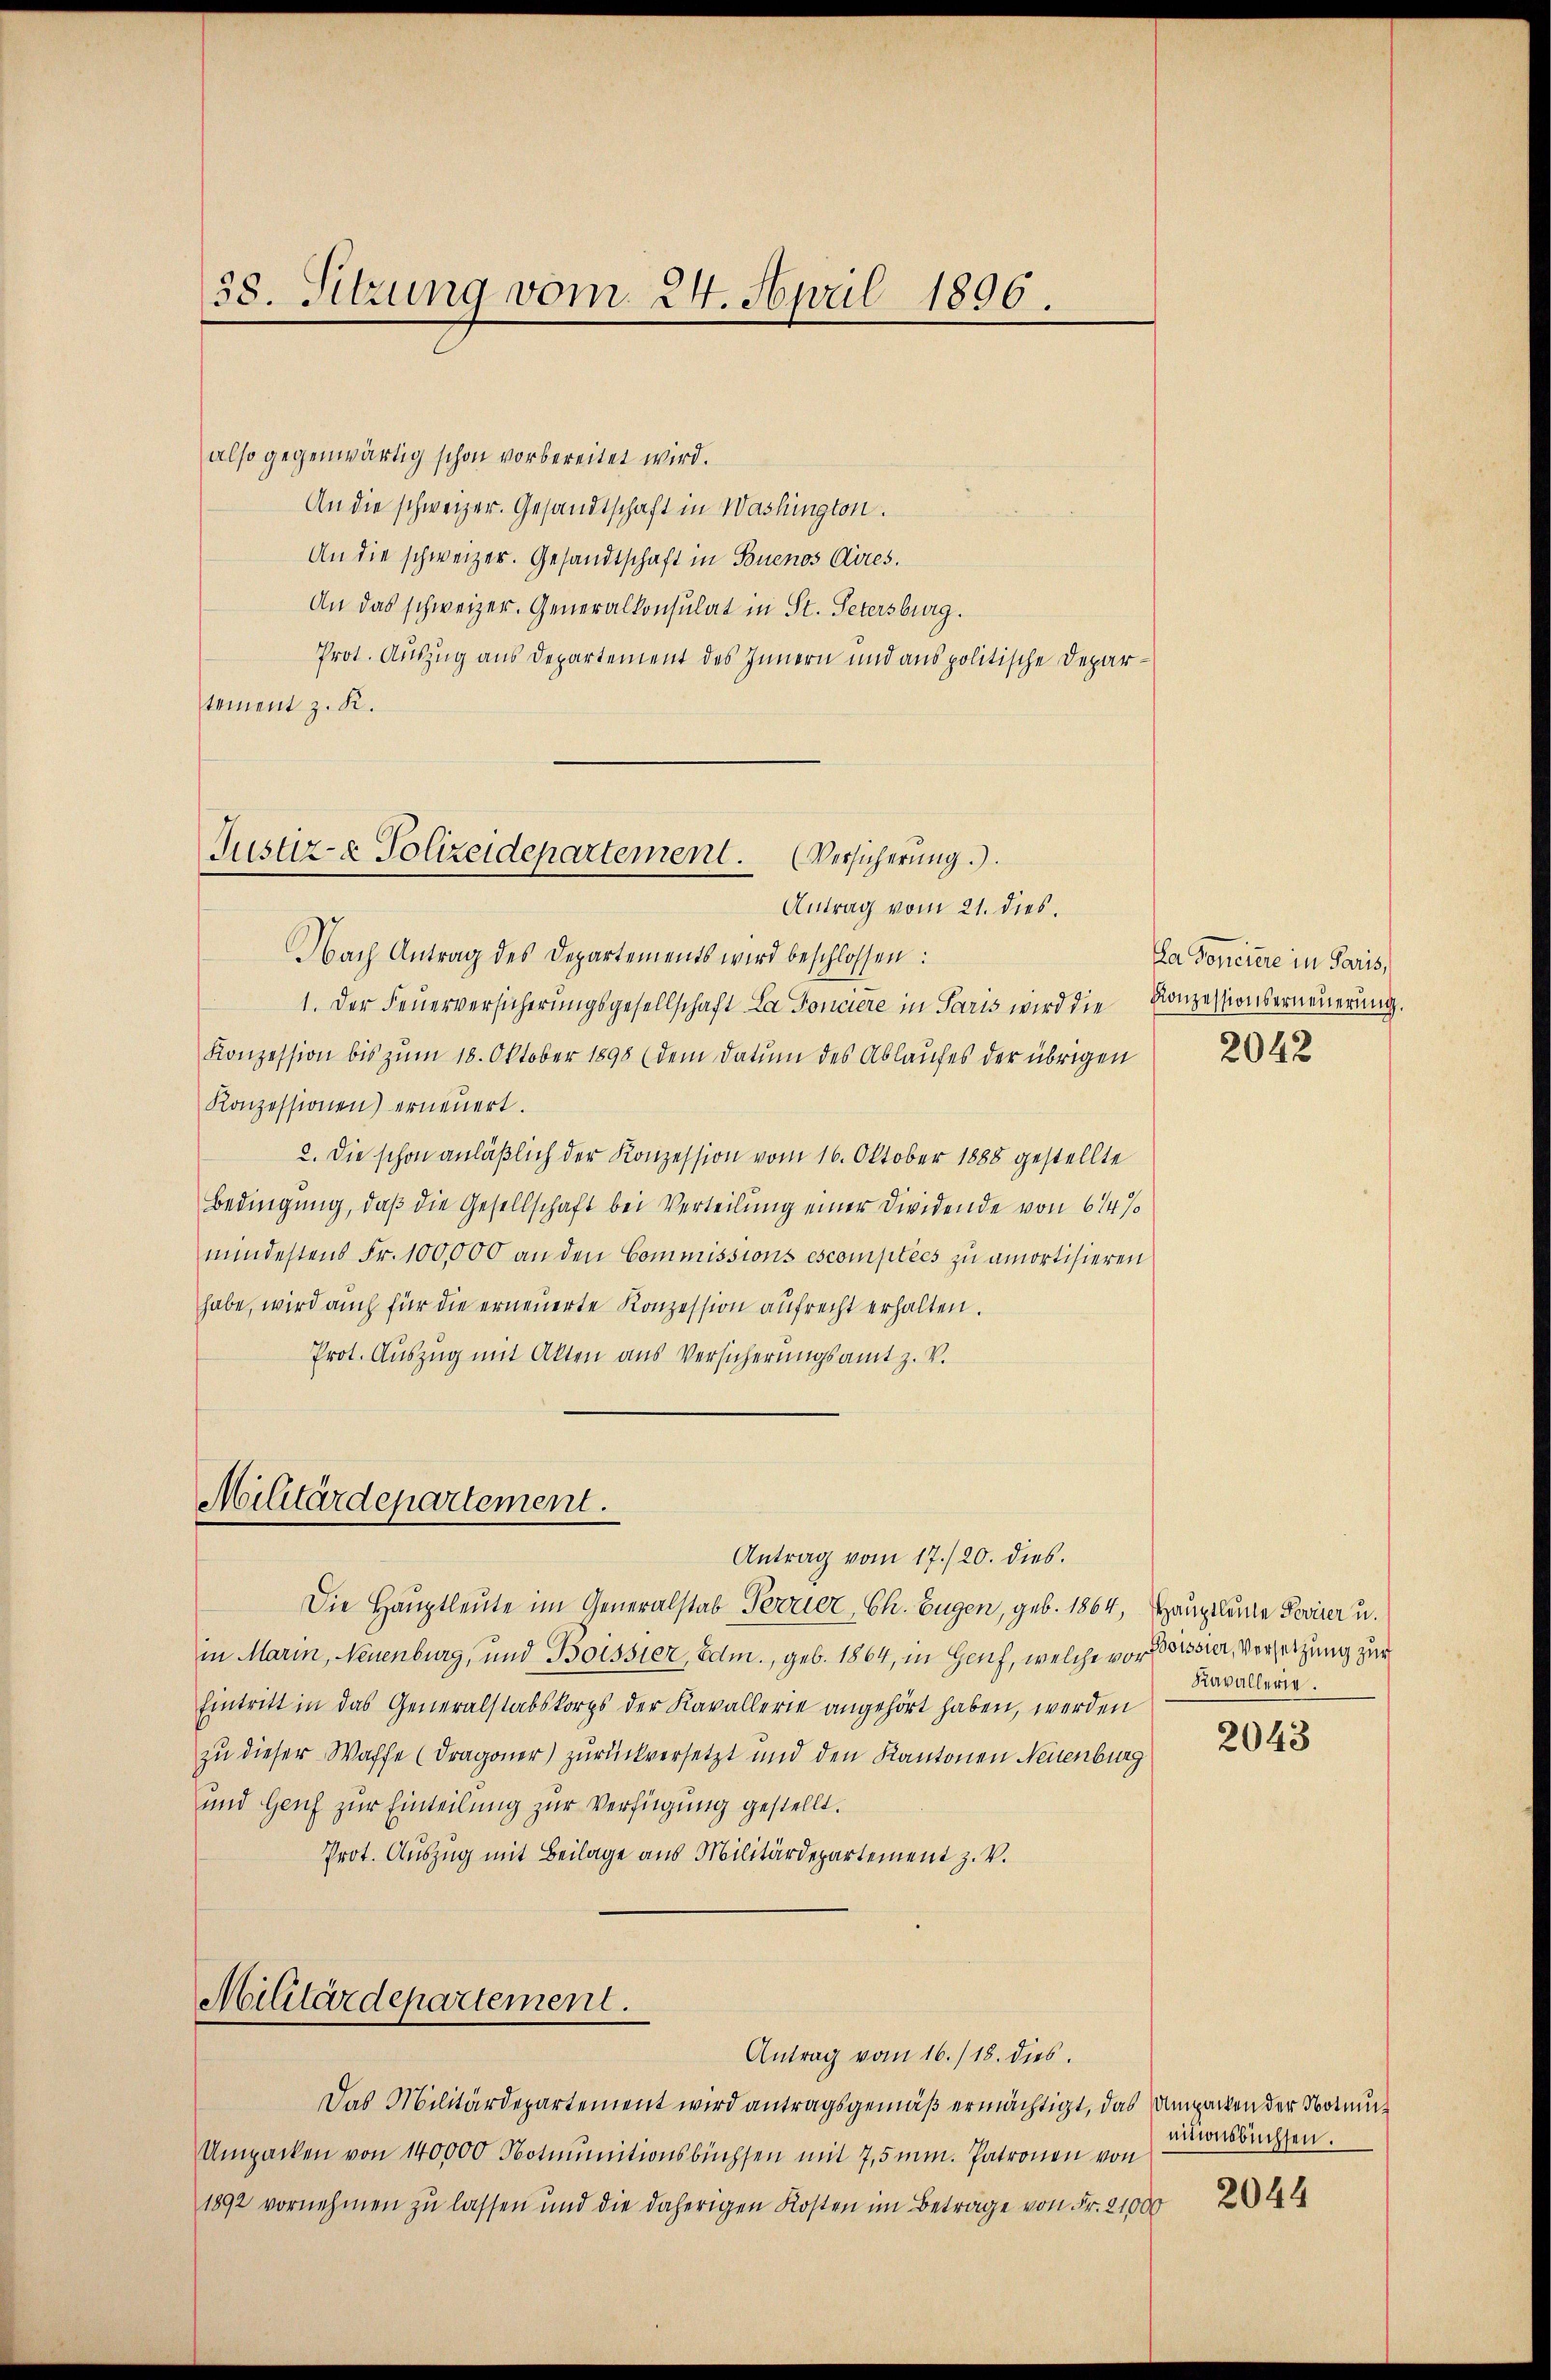
38. Sitzung vom 24. April 1896.

also gegenwärtig schon vorbereitet wird.
An die schweizer. Gesandtschaft in Washington.
An die schweizer. Gesandtschaft in Buenos Aires.
An das schweizer. Generalkonsulat in St. Petersburg.
Prot. Auszug aus Departement des Innern und aus politische Departement z. K.

Nach Antrag des Departements wird beschlossen:
1. Der Feuerversicherungsgesellschaft La Fonciere in Paris wird die Konzessionserneuerung.
Konzession bis zŭm 18. Oktober 1898 (dem Datum des Ablaufes der übrigen
Konzessionen) erneŭert.
2. Die schon anläßlich der Konzession vom 16. Oktober 1888 gestellte
Bedingung, daß die Gesellschaft bei Verteilung einer Dividende von 614 %
mindestens Fr. 100,000 an den Commissions escomptees zu amortisieren
habe, wird auch für die erneuerte Konzession aufrecht erhalten.
Prot. Auszug mit Akten aus Versicherungsamt z. V.

Justiz- & Polizeidepartement. (Versicherung.)
Antrag vom 21. dies.

Militärdepartement.

Antrag vom 17./20. dies
Die Hauptleute im Generalstab Terrier, Ch. Eugen, geb. 1864, Hauptleute Pariser u.
in Marin, Neuenburg, und Boissier, Edm., geb. 1864, in Genf, welche vor Bossier, Vorsetzung zur
Eintritt in das Generalstabskorps der Kavallerie angehört haben, werden
zu dieser Waffe (Dragoner) zurückversetzt und den Kantonen Neuenburg
und Genf zur Einteilung zur Verfügung gestellt.
Prot. Auszug mit Beilage aus Militärdepartement z. V.

Militärdepartement.

Das Militärdepartement wird antragsgemäß ermächtigt, das Ampacken der Normu¬
Umpacken von 140000 Notunitionsbüchsen mit 7,5 mm. Patronen von
1892 vornehmen zu lassen und die daherigen Kosten im Betrage von Fr. 21000

Antrag vom 16./18. dies

Da Conciere in Paris,

2042

Kavallerie.

2043

einausbüchsen.

2044